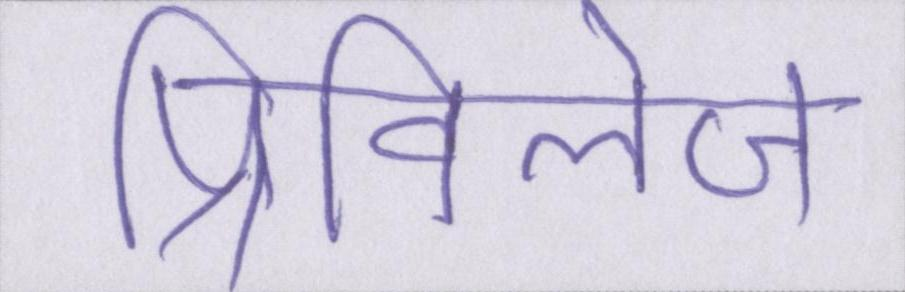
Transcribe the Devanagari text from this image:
प्रिविलेज